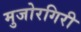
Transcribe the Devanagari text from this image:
मुजोरगिरी